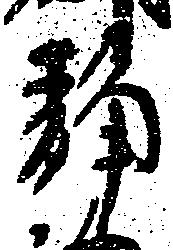
静